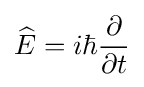
{\widehat {E}}=i\hbar {\frac {\partial }{\partial t}}